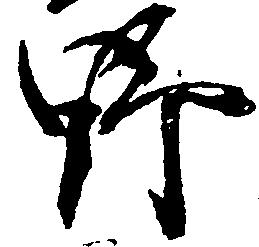
野